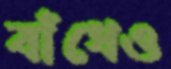
বাঁধেও